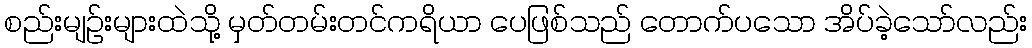
စည်းမျဉ်းများထဲသို့ မှတ်တမ်းတင်ကရိယာ ပေဖြစ်သည် တောက်ပသော အိပ်ခဲ့သော်လည်း